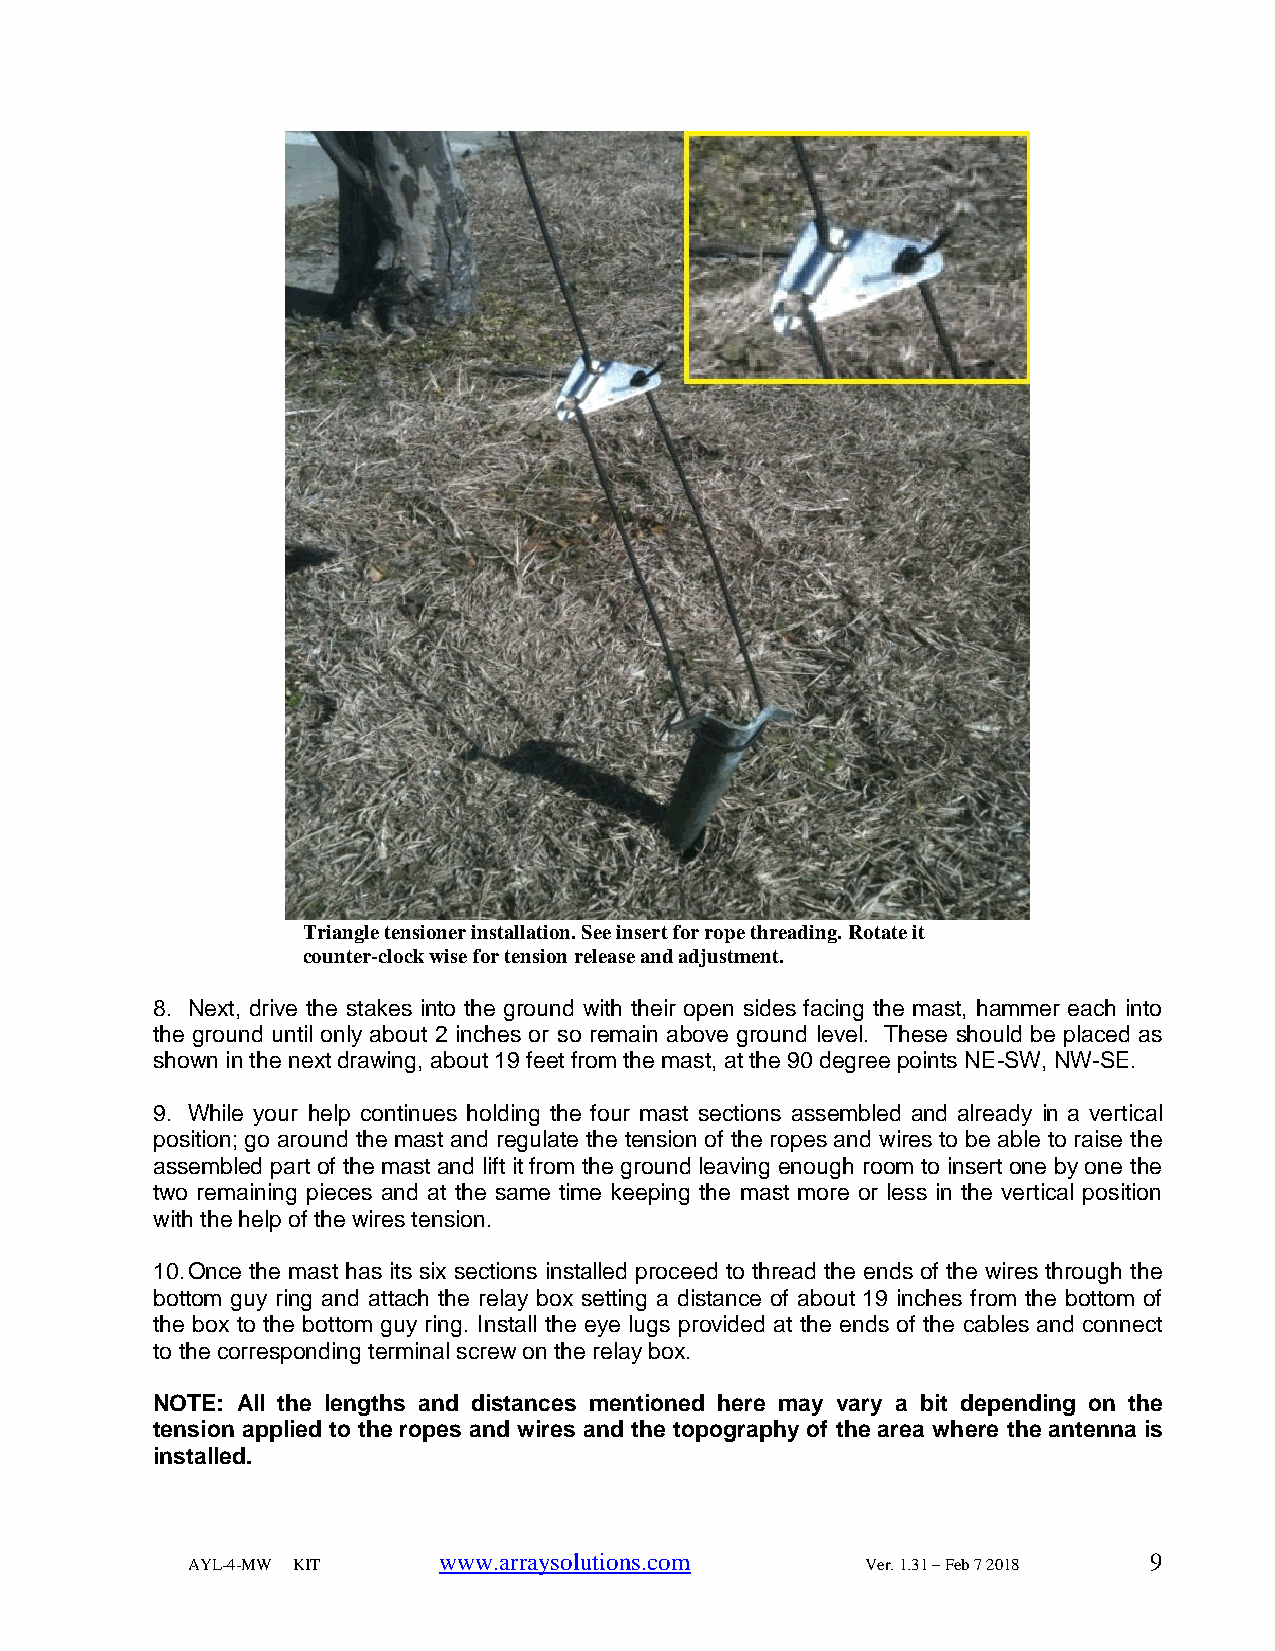
Triangle tensioner installation. See insert for rope threading. Rotate it
 counter-clock wise for tension release and adjustment.
 8. Next, drive the stakes into the ground with their open sides facing the mast, hammer each into
 the ground until only about 2 inches or so remain above ground level. These should be placed as
 shown in the next drawing, about 19 feet from the mast, at the 90 degree points NE-SW, NW-SE.
 9. While your help continues holding the four mast sections assembled and already in a vertical
 position; go around the mast and regulate the tension of the ropes and wires to be able to raise the
 assembled part of the mast and lift it from the ground leaving enough room to insert one by one the
 two remaining pieces and at the same time keeping the mast more or less in the vertical position
 with the help of the wires tension.
 10. Once the mast has its six sections installed proceed to thread the ends of the wires through the
 bottom guy ring and attach the relay box setting a distance of about 19 inches from the bottom of
 the box to the bottom guy ring. Install the eye lugs provided at the ends of the cables and connect
 to the corresponding terminal screw on the relay box.
 NOTE: All the lengths and distances mentioned here may vary a bit depending on the
 tension applied to the ropes and wires and the topography of the area where the antenna is
 installed.
 www.arraysolutions.com                         9
 AYL-4-MW KIT                                 Ver. 1.31 – Feb 7 2018